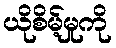
ယိုစိမ့်မှုကို